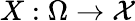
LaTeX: X:\Omega\to\mathcal{X}